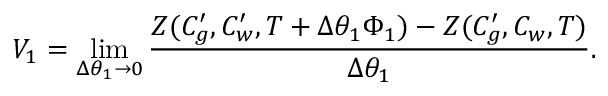
V _ { 1 } = \operatorname* { l i m } _ { \Delta \theta _ { 1 } \to 0 } \frac { Z ( C _ { g } ^ { \prime } , C _ { w } ^ { \prime } , T + \Delta \theta _ { 1 } \Phi _ { 1 } ) - Z ( C _ { g } ^ { \prime } , C _ { w } , T ) } { \Delta \theta _ { 1 } } .